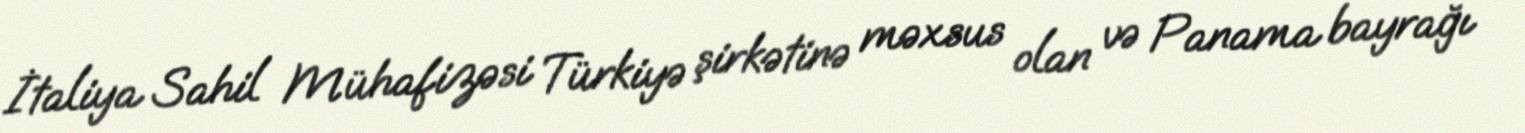
İtaliya Sahil Mühafizəsi Türkiyə şirkətinə məxsus olan və Panama bayrağı